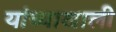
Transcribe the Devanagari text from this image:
यांच्याखाली